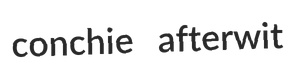
conchie afterwit